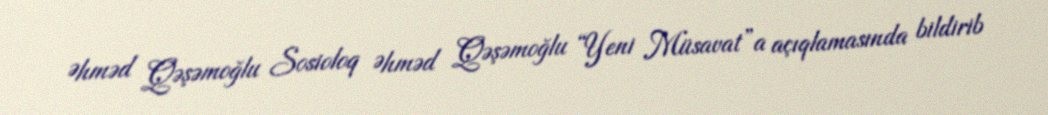
Əhməd Qəşəmoğlu Sosioloq Əhməd Qəşəmoğlu “Yeni Müsavat”a açıqlamasında bildirib